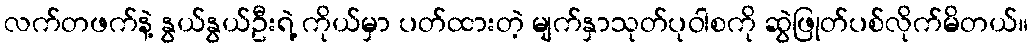
လက်တဖက်နဲ့ နွယ်နွယ်ဦးရဲ့ ကိုယ်မှာ ပတ်ထားတဲ့ မျက်နှာသုတ်ပုဝါစကို ဆွဲဖြုတ်ပစ်လိုက်မိတယ်။